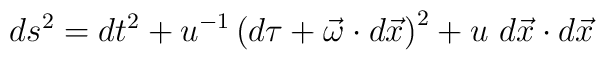
ds^2 = dt^2 + u^{-1} \left( d\tau + \vec{\omega} \cdot d\vec{x} \right) ^2 +u~d\vec{x} \cdot d\vec{x}